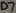
Text: D7